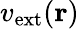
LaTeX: v_{\mathrm{ext}}(\textbf{r})